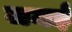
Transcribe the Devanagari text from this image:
जमई